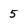
Character: 5